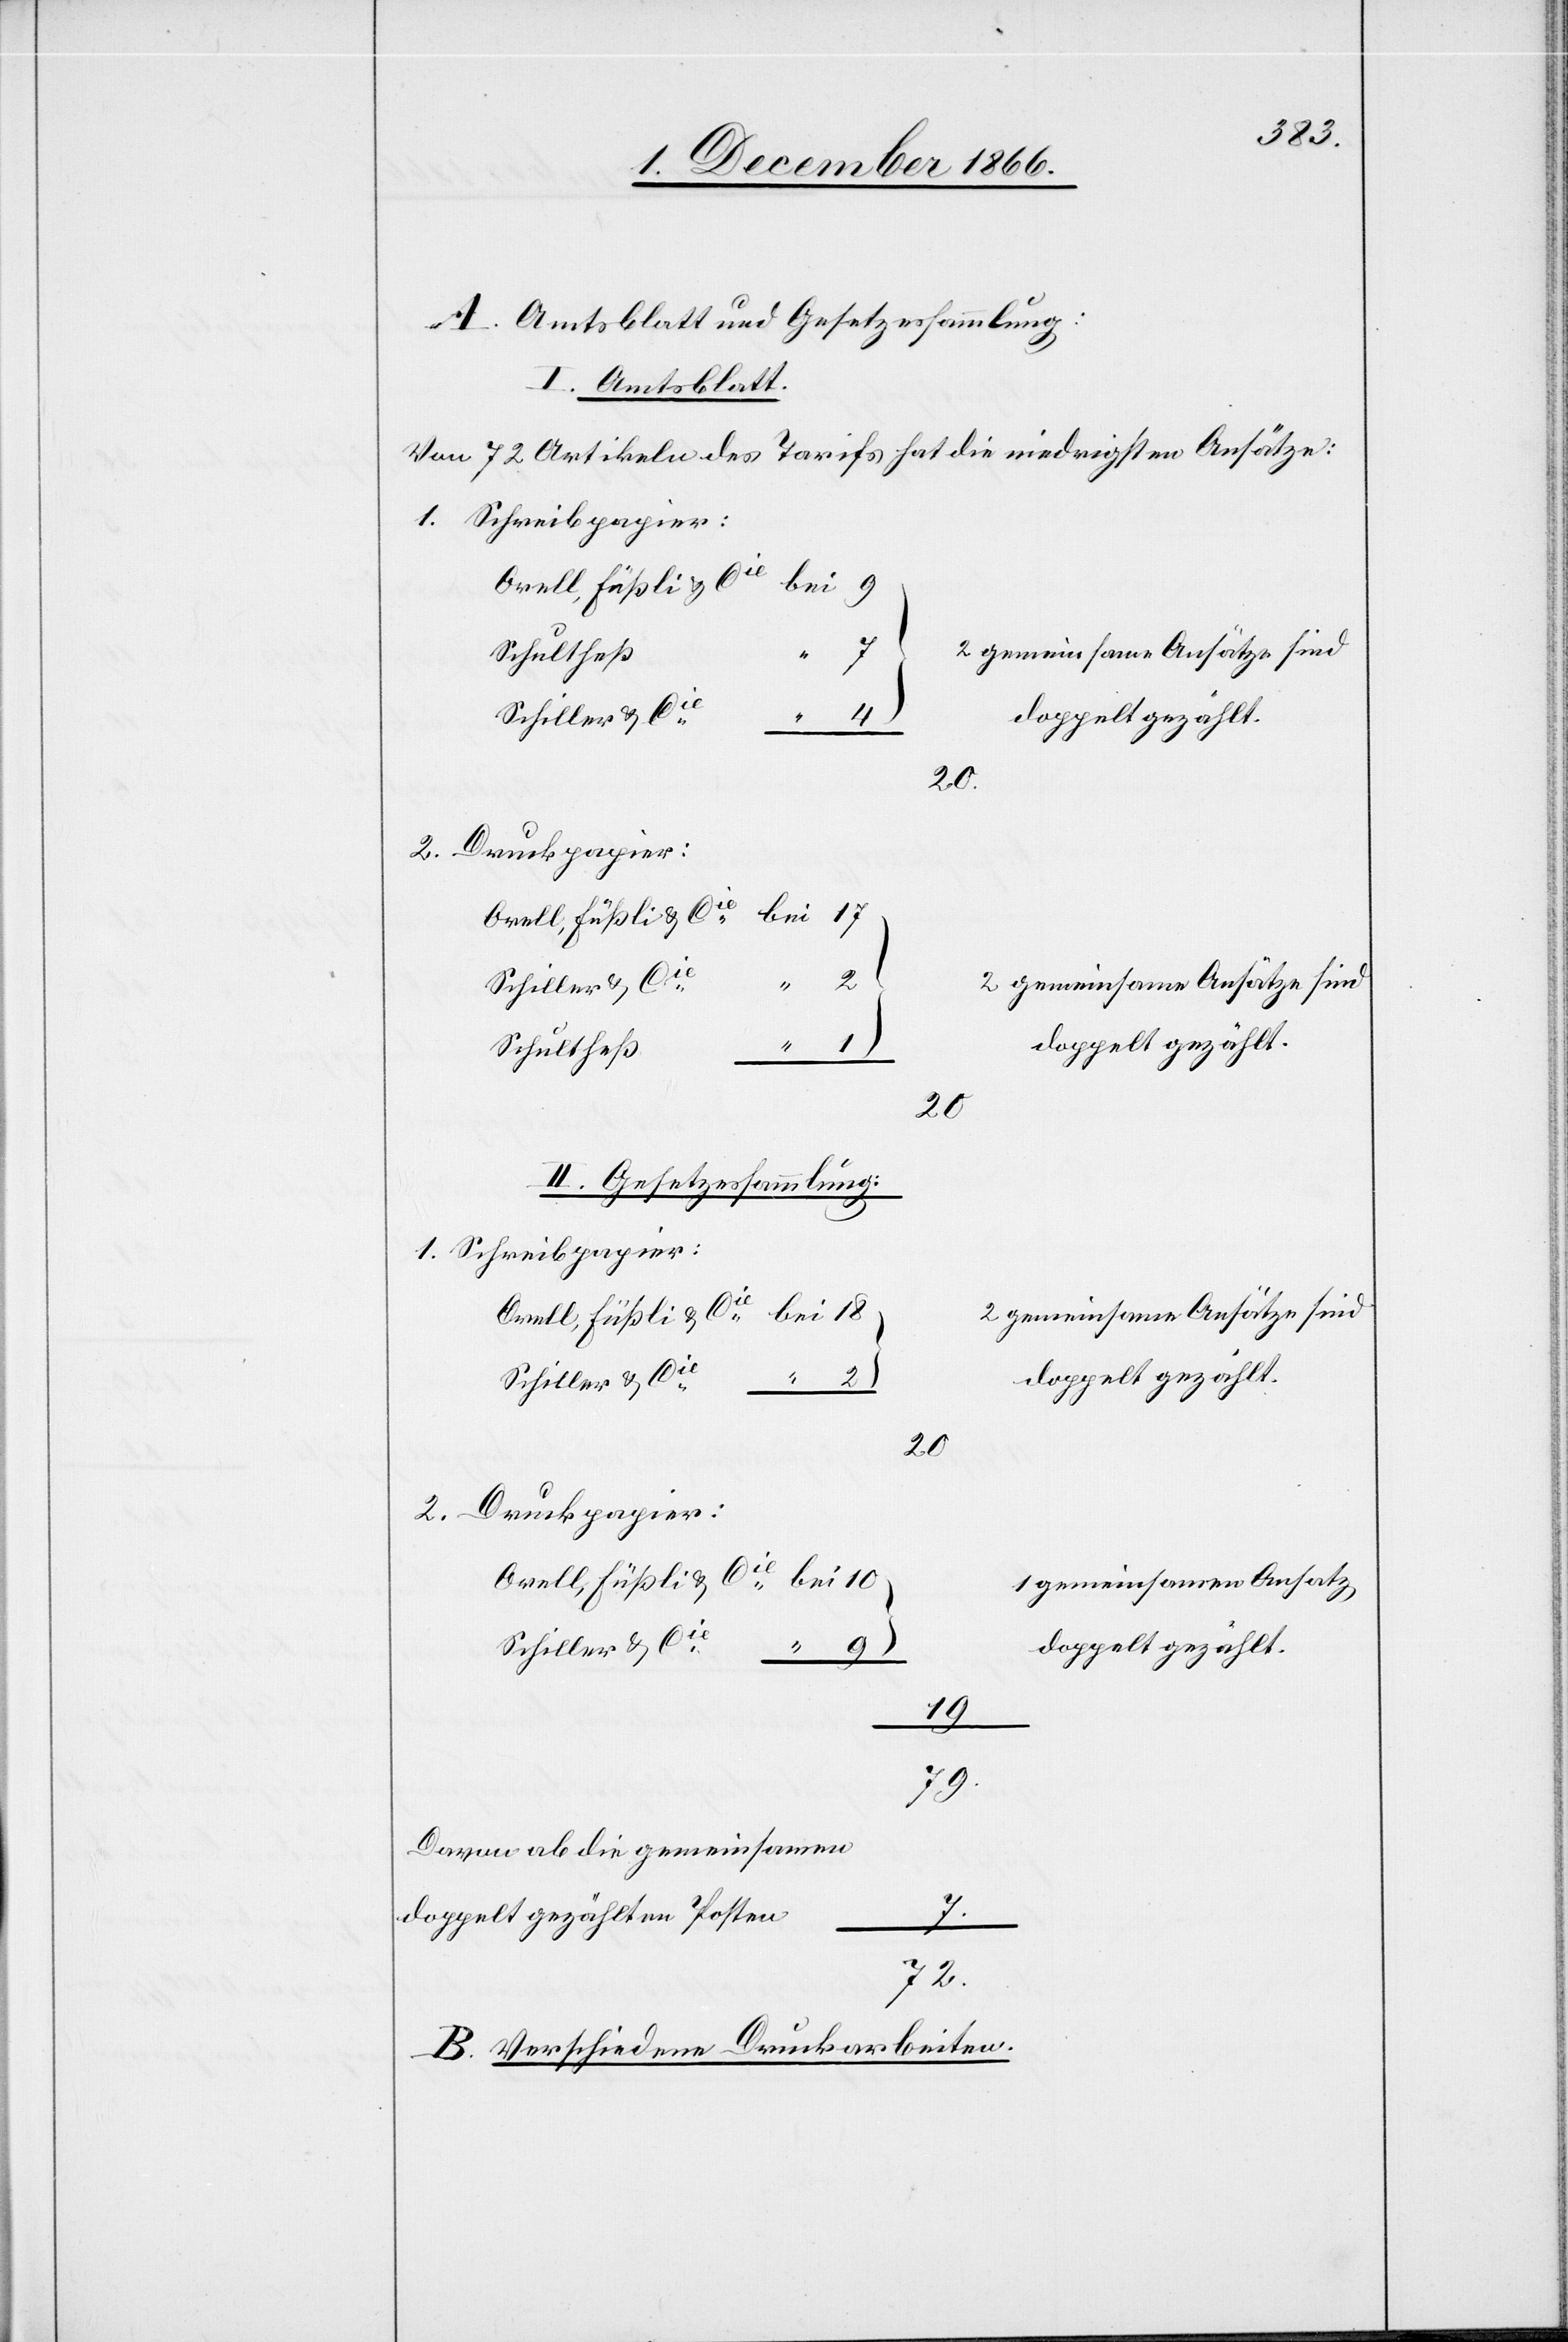
A. Amtsblatt und Gesetzessammlung:
I. Amtsblatt
Von 72 Artikeln des Tarifs hat die niedrigsten Ansätze:
Schreibpapier:
Orell, Füßli & Cie
Schiller & Cie
2
20.
bei
Schultheß
1.
20.
II. Gesetzessammlung:
2 gemeinsame Ansätze sind
doppelt gezählt.
Druckpapier
1 gemeinsamen Ansatz
doppelt gezählt.
19
79
Davon ab die gemeinsamen
doppelt gezählten Posten
7.
72
B. Verschiedene Druckarbeiten.